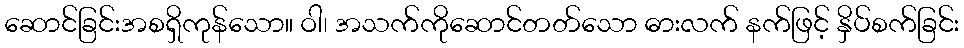
ဆောင်ခြင်းအစရှိကုန်သော။ ဝါ၊ အသက်ကိုဆောင်တတ်သော ဓားလက် နက်ဖြင့် နှိပ်စက်ခြင်း